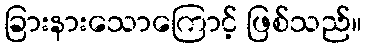
ခြားနားသောကြောင့် ဖြစ်သည်။